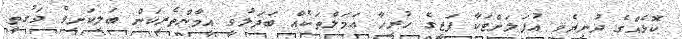
ކޮޅެއްގެ ދުނިޔެވީ އުފަލަށްޓަކާ ފަޒީގެ ހުރިހާ ޢަމަލްތަކެއް ބަދަލުވީ އީމާންތެރިކަން ބަލިކަށިވެ ވަގުތީ